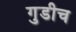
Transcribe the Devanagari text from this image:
गुडीच